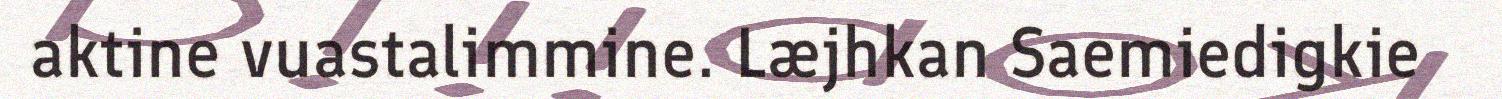
aktine vuastalimmine. Læjhkan Saemiedigkie